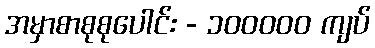
အမှာစာစုစုပေါင်း - ၁၀၀၀၀၀ ကျပ်